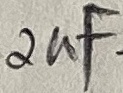
Text: 2µF